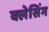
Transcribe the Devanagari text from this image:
क्लेसिंग